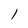
Character: l